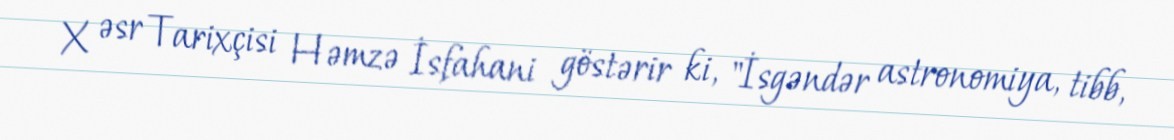
X əsr Tarixçisi Həmzə İsfahani göstərir ki, "İsgəndər astronomiya, tibb,